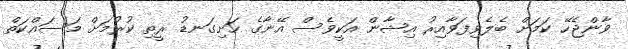
ވާންޖެހޭ ކަމަށް ބެލެވިފަވާއިރު އިޝާން އަކީވެސް އޭނާގެ ހަށިގަނޑު ރީތި ކުރުމަށް މަސައްކަތް